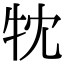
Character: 𤘣